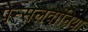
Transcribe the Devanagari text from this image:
पेन्सलवानिया